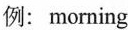
例:morning